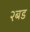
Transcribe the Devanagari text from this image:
२बड